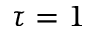
\tau = 1